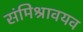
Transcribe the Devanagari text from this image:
संमिश्रावयव